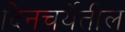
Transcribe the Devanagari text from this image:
दिनचर्येतील